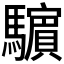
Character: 𩦿